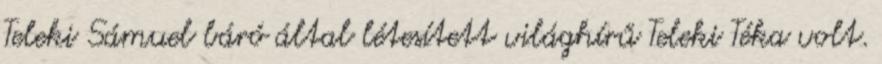
Teleki Sámuel báró által létesített világhírű Teleki Téka volt.